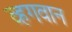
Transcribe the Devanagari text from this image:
व्हगवान